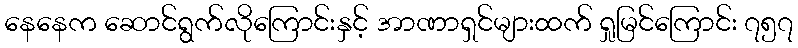
နေနေက ဆောင်ရွက်လိုကြောင်းနှင့် အာဏာရှင်များထက် ရှုမြင်ကြောင်း ၇၅၇